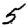
Digit: 5